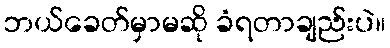
ဘယ်ခေတ်မှာမဆို ခံရတာချည်းပဲ။